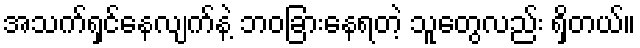
အသက်ရှင်နေလျက်နဲ့ ဘဝခြားနေရတဲ့ သူတွေလည်း ရှိတယ်။